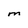
Character: M